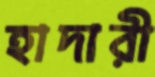
হাদারী